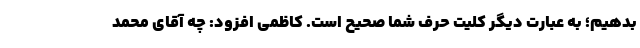
بدهیم؛ به عبارت دیگر کلیت حرف شما صحیح است. کاظمی افزود: چه آقای محمد